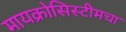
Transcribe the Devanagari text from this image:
मायक्रोसिस्टीमचा